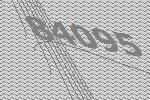
84095